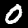
Label: 0